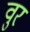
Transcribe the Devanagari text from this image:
वुर